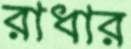
রাধার